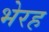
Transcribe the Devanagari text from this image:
भेरह